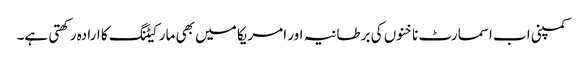
کمپنی اب اسمارٹ ناخنوں کی برطانیہ اور امریکا میں بھی مارکیٹنگ کا ارادہ رکھتی ہے۔